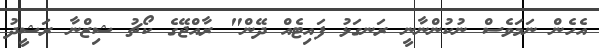
އެހެން ނަމަވެސް ނުކުންނާނީ ރަނގަޅު ފައިޓެއް ދޭން" ރާއްޖޭގެ ކޯޗު ޝިޒްނާ ރަޝީދު